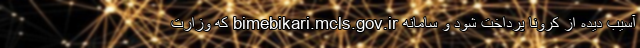
آسیب دیده از کرونا پرداخت شود و سامانه bimebikari.mcls.gov.ir که وزارت